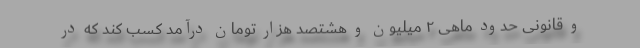
و قانونی حدود ماهی ۲ میلیون و هشتصد هزار تومان درآمد کسب کند که در